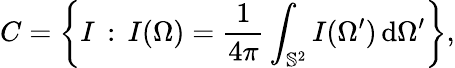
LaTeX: C=\left\{ I\, :\, I(\Omega)=\frac{1}{4\pi}\int_{\mathbb{S}^{2}}I(\Omega^{\prime})\, \mathrm{d}\Omega^{\prime}\right\} ,